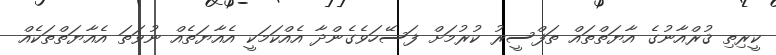
ކީރިތި ޤުރްއާނުގެ އާޔަތްތައް ތަފްސީރު ކުރުމަށް ފަސޭހަވެގެންދާ އެއްކަމަކީ އެއާޔަތެއް ނުވަތަ އެއާޔަތްތަކެއް